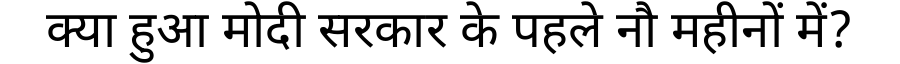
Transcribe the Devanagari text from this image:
क्या हुआ मोदी सरकार के पहले नौ महीनों में?